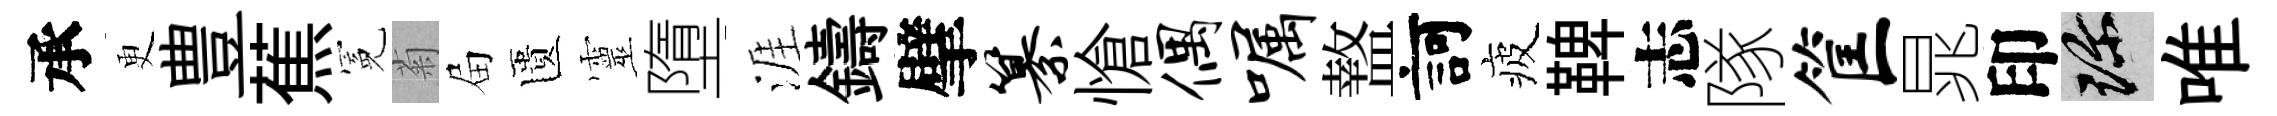
承更豊蕉冕菊屇匱靈墮涯鑄擘纂愴偶嘱盩訶疲鞞志隊筐晁印珍唯